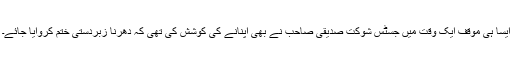
ایسا ہی مؤقف ایک وقت میں جسٹس شوکت صدیقی صاحب نے بھی اپنانے کی کوشش کی تھی کہ دھرنا زبردستی ختم کروایا جائے۔